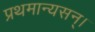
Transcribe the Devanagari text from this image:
प्रथमान्यसन्।